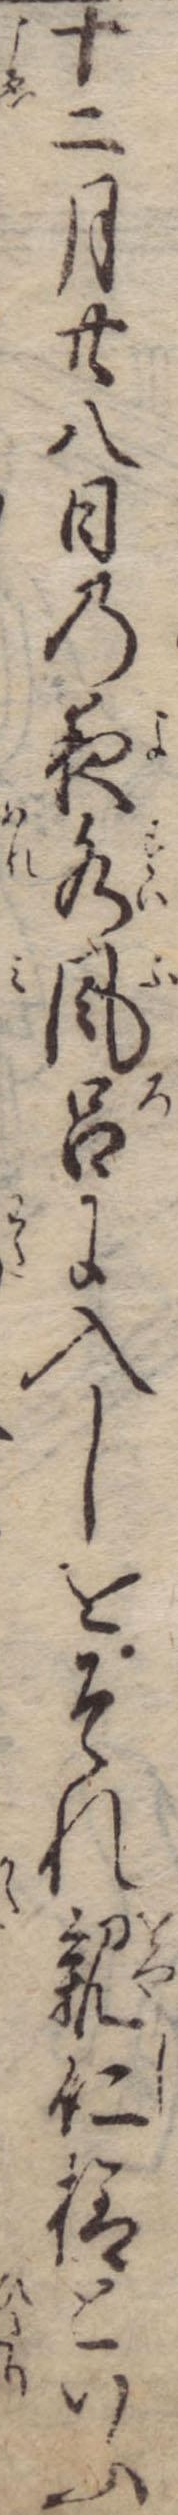
十二月廿八日の夜水風呂に入しをそれ親仁様といふ